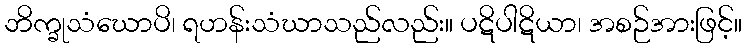
ဘိက္ခုသံဃောပိ၊ ရဟန်းသံဃာသည်လည်း။ ပဋိပါဋိယာ၊ အစဉ်အားဖြင့်။